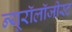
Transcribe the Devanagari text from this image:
न्यूरॉलॉजीस्ट